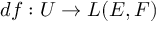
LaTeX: d f : U \to L ( E , F )